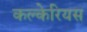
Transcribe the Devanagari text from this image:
कल्केरियस